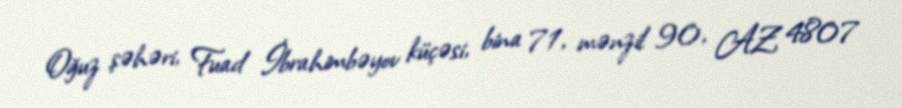
Oğuz şəhəri, Fuad İbrahimbəyov küçəsi, bina 71, mənzil 90, AZ 4807